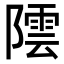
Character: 𮥡